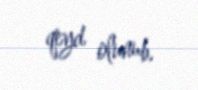
qeyd olunub.